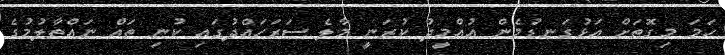
ހަމަ މިގޮތަށް އަޅުގަނޑުމެން އުއްމީދު ކުރަނީ މާލެ ސަރަހައްދުގައި ކުނި ތައް ނައްތާލުމުގެ